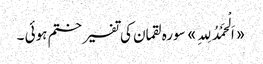
«اَلْحَمْدُ لِلہِ» سورہ لقمان کی تفسیر ختم ہوئی ۔